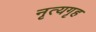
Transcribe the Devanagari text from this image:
नृत्यगृह